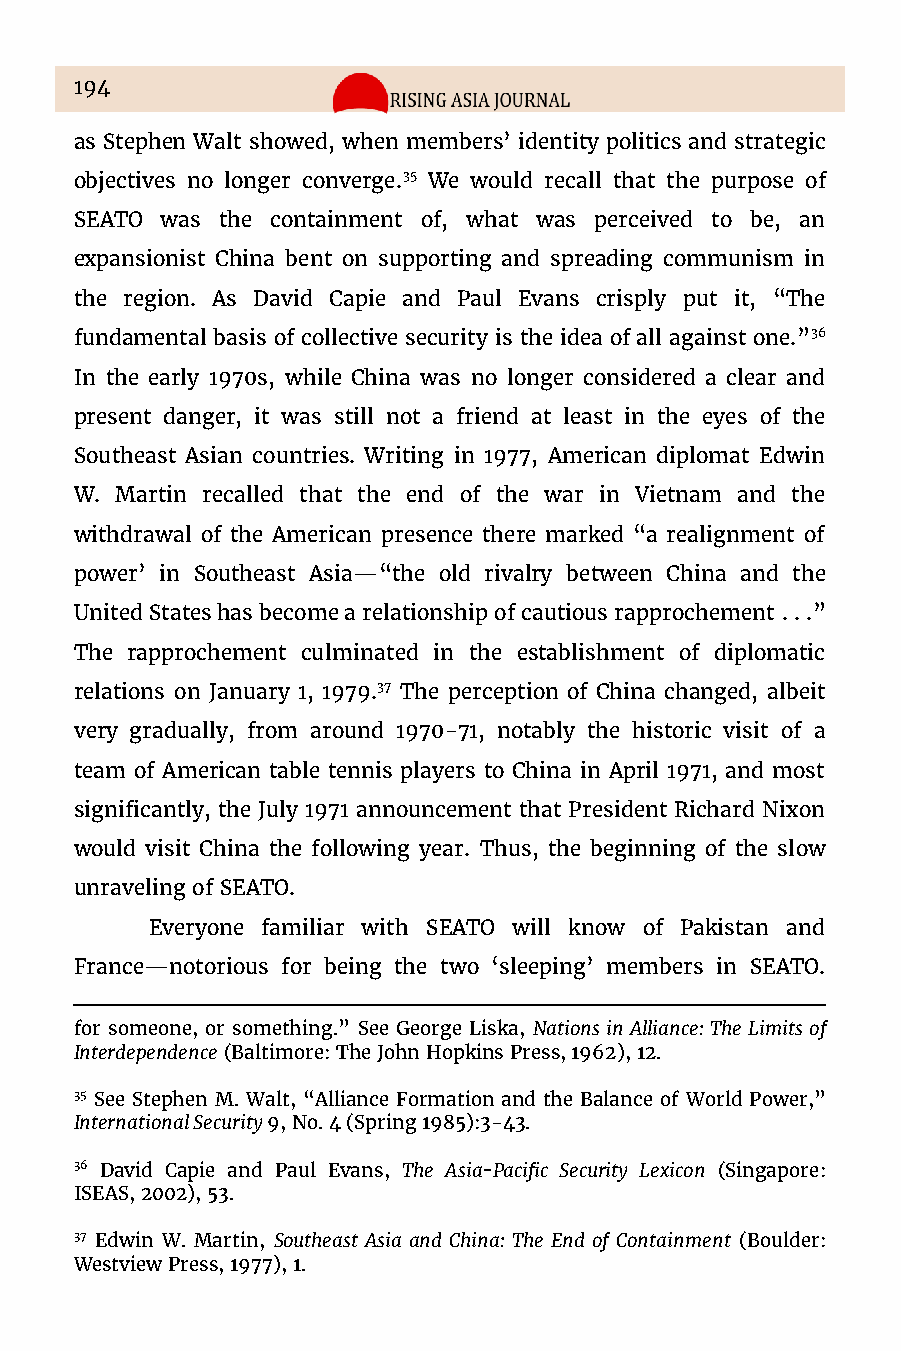
194
 as Stephen Walt showed, when members’ identity politics and strategic
 objectives no longer converge.35 We would recall that the purpose of
 SEATO was the containment of, what was perceived to be, an
 expansionist China bent on supporting and spreading communism in
 the region. As David Capie and Paul Evans crisply put it, “The
 fundamental basis of collective security is the idea of all against one.”36
 In the early 1970s, while China was no longer considered a clear and
 present danger, it was still not a friend at least in the eyes of the
 Southeast Asian countries. Writing in 1977, American diplomat Edwin
 W. Martin recalled that the end of the war in Vietnam and the
 withdrawal of the American presence there marked “a realignment of
 power’ in Southeast Asia—“the old rivalry between China and the
 United States has become a relationship of cautious rapprochement . . .”
 The rapprochement culminated in the establishment of diplomatic
 relations on January 1, 1979.37 The perception of China changed, albeit
 very gradually, from around 1970-71, notably the historic visit of a
 team of American table tennis players to China in April 1971, and most
 significantly, the July 1971 announcement that President Richard Nixon
 would visit China the following year. Thus, the beginning of the slow
 unraveling of SEATO.
 Everyone familiar with SEATO will know of Pakistan and
 France—notorious for being the two ‘sleeping’ members in SEATO.
 for someone, or something.” See George Liska, Nations in Alliance: The Limits of
 Interdependence (Baltimore: The John Hopkins Press, 1962), 12.
 35 See Stephen M. Walt, “Alliance Formation and the Balance of World Power,”
 International Security 9, No. 4 (Spring 1985):3-43.
 36 David Capie and Paul Evans, The Asia-Pacific Security Lexicon (Singapore:
 ISEAS, 2002), 53.
 37 Edwin W. Martin, Southeast Asia and China: The End of Containment (Boulder:
 Westview Press, 1977), 1.